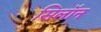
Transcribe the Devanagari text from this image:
सिलॉन